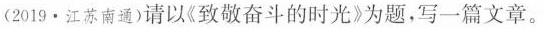
(2019·江苏南通)请以《致敬奋斗的时光》为题，写一篇文章。